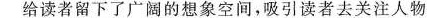
给读者留下广阔的想象空间，吸引读者去关注人物